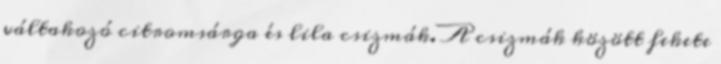
váltakozó citromsárga és lila csizmák. A csizmák között fekete